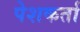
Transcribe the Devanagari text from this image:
पेशकर्ता